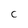
Character: c